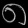
Digit: ၈